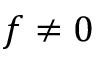
f \neq 0